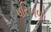
પરિબળો